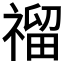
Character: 𥛅